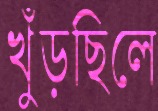
খুঁড়ছিলে